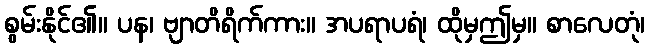
စွမ်းနိုင်၏။ ပန၊ ဗျာတိရိက်ကား။ အပရာပရံ၊ ထိုမှဤမှ။ စာလေတုံ၊